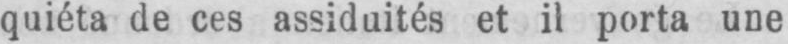
quiéta de ces assiduités et il porta une